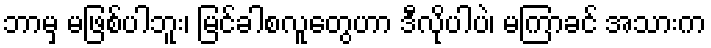
ဘာမှ မဖြစ်ပါဘူး၊ မြင်ခါစလူတွေဟာ ဒီလိုပါပဲ၊ မကြာခင် အသားက